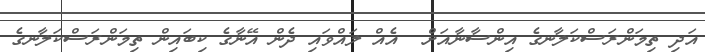
އަދި ތިމަންރަސްކަލާނގެ އިންސާނާާއަށް  އެއް ލައްވައި ދެން އޭނާގެ ކިބައިން ތިމަންރަސްކަލާނގެ